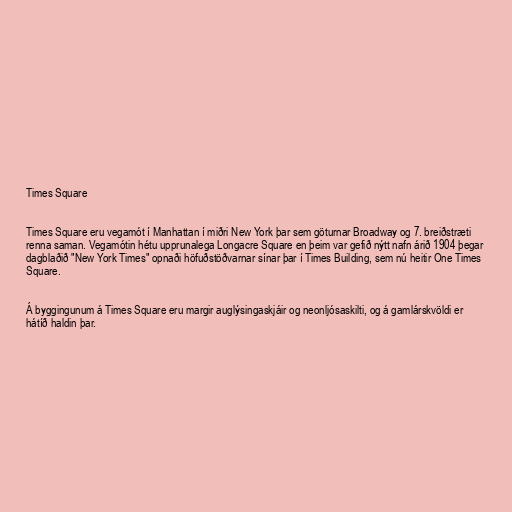
Times Square

Times Square eru vegamót í Manhattan í miðri New York þar sem göturnar Broadway og 7. breiðstræti
renna saman. Vegamótin hétu upprunalega Longacre Square en þeim var gefið nýtt nafn árið 1904 þegar
dagblaðið "New York Times" opnaði höfuðstöðvarnar sínar þar í Times Building, sem nú heitir One Times
Square.

Á byggingunum á Times Square eru margir auglýsingaskjáir og neonljósaskilti, og á gamlárskvöldi er
hátíð haldin þar.